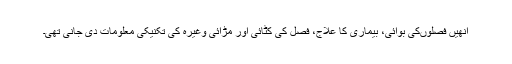
انھیں فصلوںکی بوائی، بیماری کا علاج، فصل کی کٹائی اور مڑائی وغیرہ کی تکنیکی معلومات دی جانی تھی۔